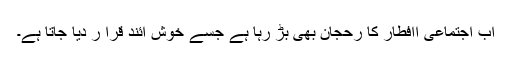
اب اجتماعی اافطار کا رحجان بھی بڑ رہا ہے جسے خوش آئند قرا ر دیا جاتا ہے۔